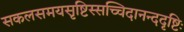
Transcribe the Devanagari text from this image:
सकलसमयसृष्टिस्सच्चिदानन्ददृष्टिः